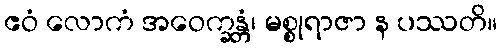
ဧဝံ လောကံ အဝေက္ခန္တံ၊ မစ္စုရာဇာ န ပဿတိ။